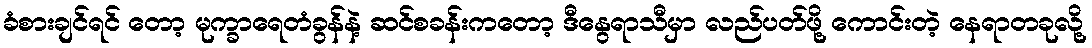
ခံစားချင်ရင် တော့ မုက္ခာရေတံခွန်နဲ့ ဆင်စခန်းကတော့ ဒီနွေရာသီမှာ လည်ပတ်ဖို့ ကောင်းတဲ့ နေရာတခုလို့